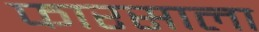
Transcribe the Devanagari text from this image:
फारसाला